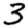
Digit: 3